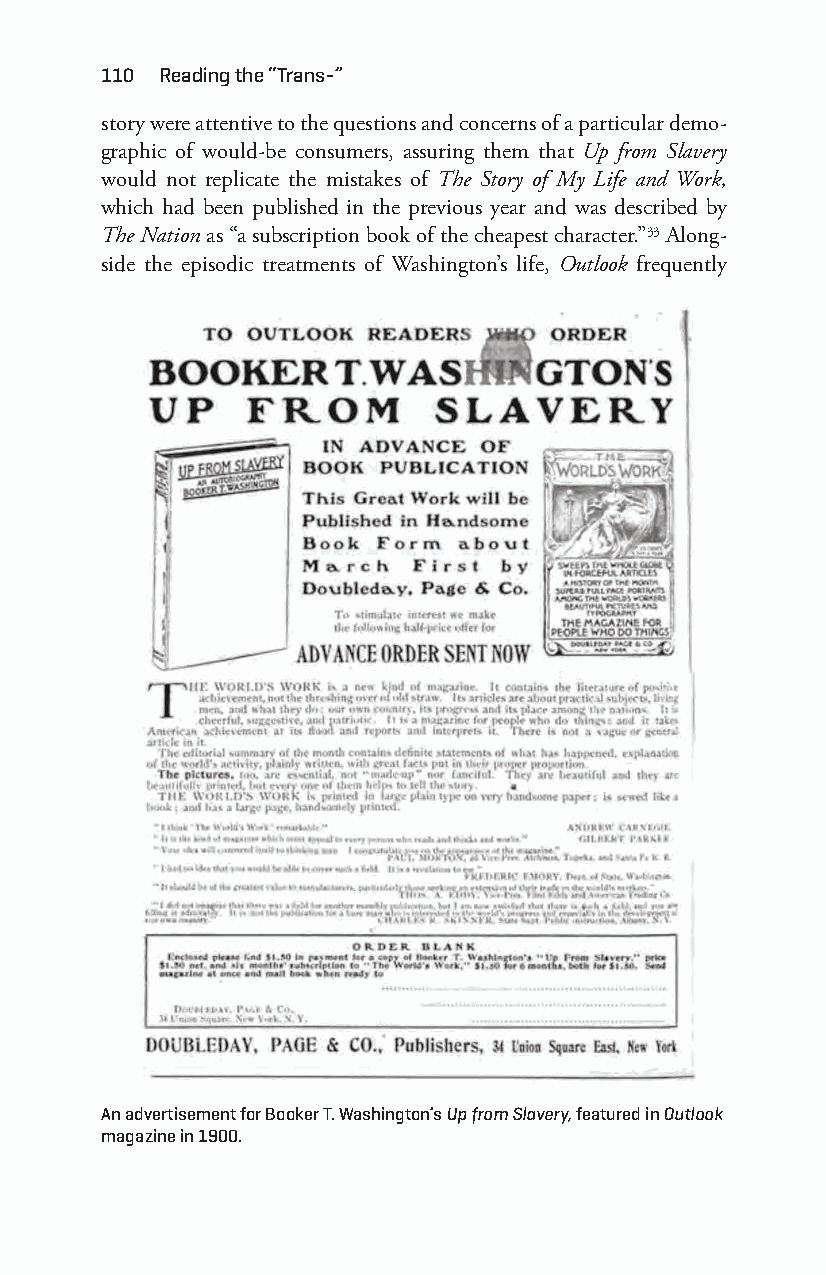
110 reading the “trans-”
 story were attentive to the questions and concerns of a particular demo-
 graphic of would- be consumers, assuring them that Up from Slavery
 would not replicate the mistakes of The Story of My Life and Work,
 which had been published in the previous year and was described by
 The Nation as “a subscription book of the cheapest character.”33 Along-
 side the episodic treatments of Washington’s life, Outlook frequently
 an advertisement for Booker t. Washington’s Up from Slavery, featured in Outlook
 magazine in 1900.
 Snorton.indd 110                            29/09/2017 8:41:04 AM